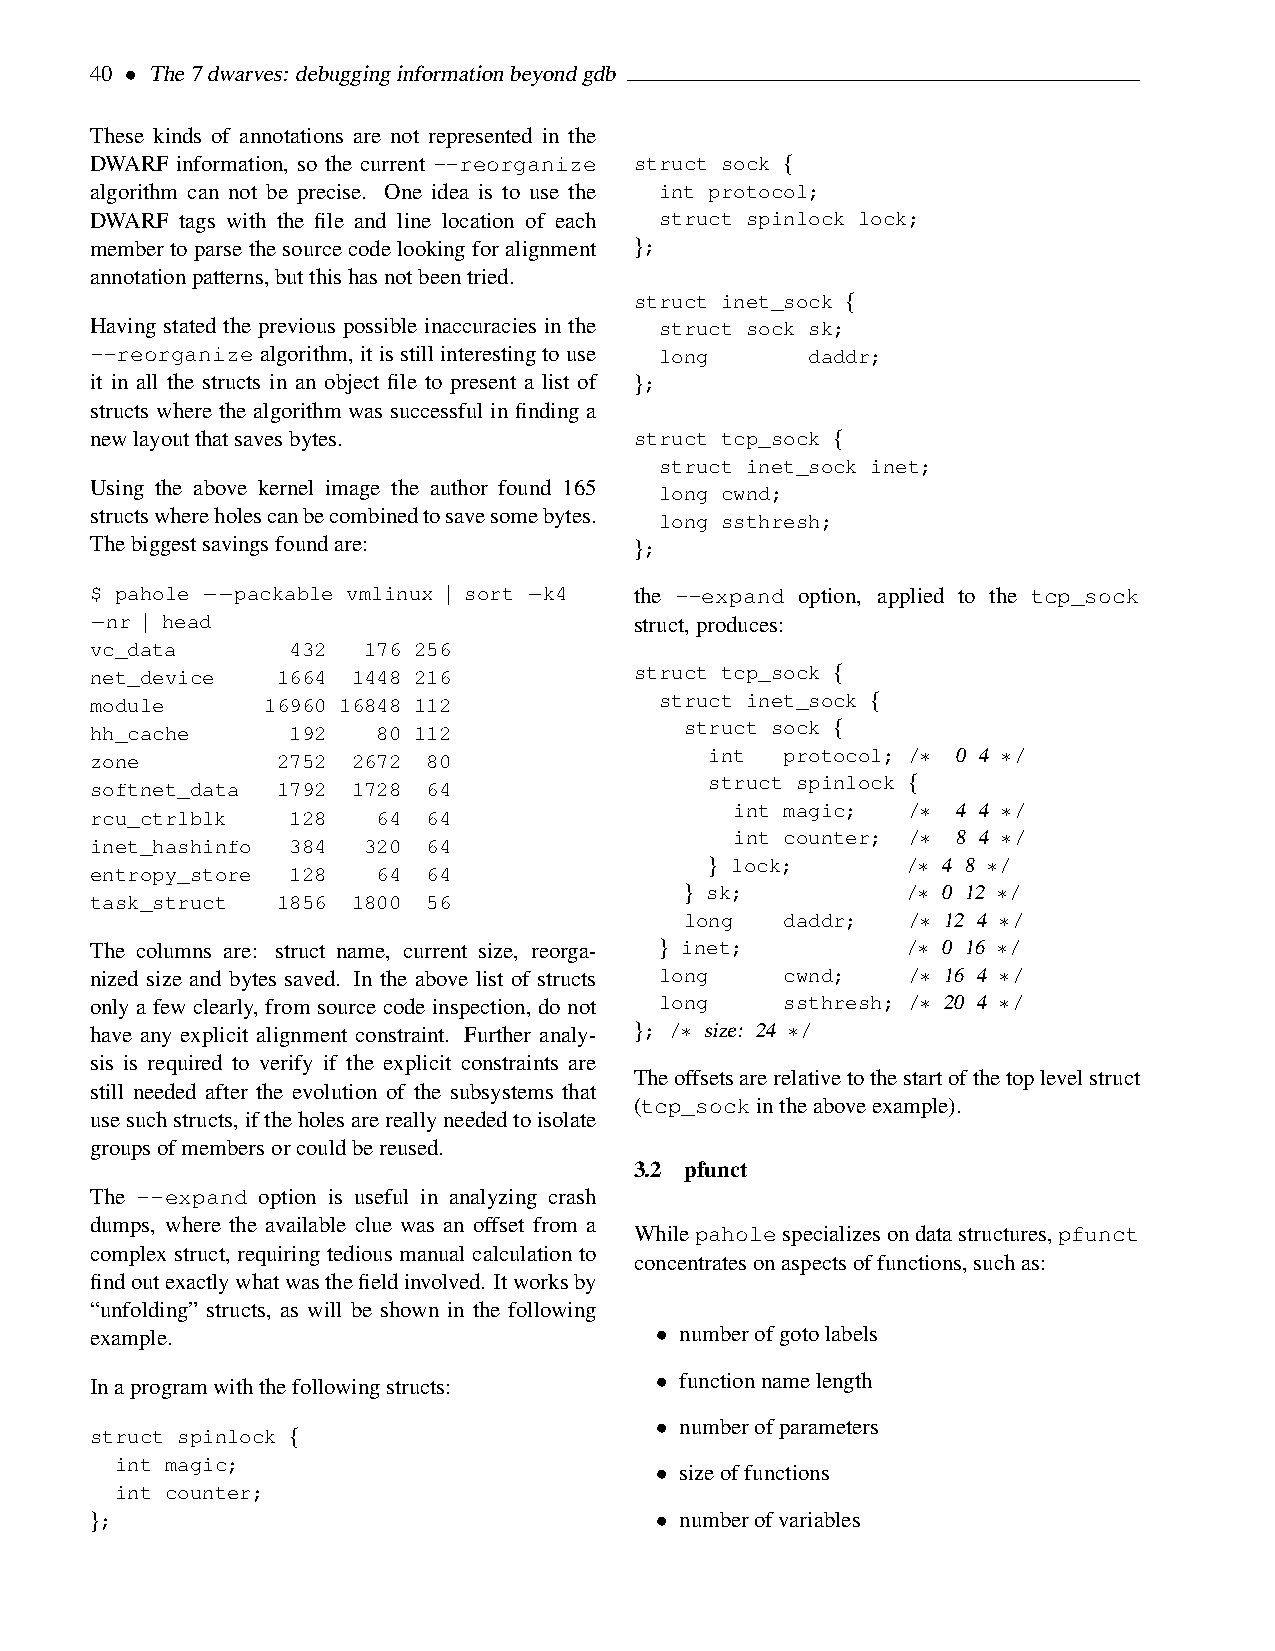
40 • The7dwarves: debugginginformationbeyondgdb
 These kinds of annotations are not represented in the
 DWARF information, so the current --reorganize struct sock {
 algorithm can not be precise. One idea is to use the int protocol;
 DWARF tags with the file and line location of each struct spinlock lock;
 membertoparsethesourcecodelookingforalignment };
 annotationpatterns,butthishasnotbeentried.
 struct inet_sock {
 Having stated the previous possible inaccuracies in the struct sock sk;
 --reorganizealgorithm,itisstillinterestingtouse long daddr;
 it in all the structs in an object file to present a list of };
 structs where the algorithm was successful in finding a
 newlayoutthatsavesbytes.            struct tcp_sock {
 struct inet_sock inet;
 Using the above kernel image the author found 165 long cwnd;
 structswhereholescanbecombinedtosavesomebytes. long ssthresh;
 Thebiggestsavingsfoundare:          };
 $ pahole −−packable vmlinux | sort −k4 the --expand option, applied to the tcp_sock
 −nr | head                          struct,produces:
 vc_data      432  176 256
 net_device  1664 1448 216           struct tcp_sock {
 module      16960 16848 112           struct inet_sock {
 hh_cache     192   80 112              struct sock {
 zone        2752 2672 80                 int  protocol; /∗ 0 4 ∗/
 struct spinlock {
 softnet_data 1792 1728 64
 int magic; /∗ 4 4 ∗/
 rcu_ctrlblk  128   64 64
 int counter; /∗ 8 4 ∗/
 inet_hashinfo 384 320 64
 } lock;      /∗ 4 8 ∗/
 entropy_store 128  64 64
 } sk;          /∗ 0 12 ∗/
 task_struct 1856 1800 56
 long   daddr;  /∗ 12 4 ∗/
 The columns are: struct name, current size, reorga- } inet; /∗ 0 16 ∗/
 nized size and bytes saved. In the above list of structs long cwnd; /∗ 16 4 ∗/
 only a few clearly, from source code inspection, do not long ssthresh; /∗ 20 4 ∗/
 have any explicit alignment constraint. Further analy- }; /∗ size: 24 ∗/
 sis is required to verify if the explicit constraints are
 Theoffsetsarerelativetothestartofthetoplevelstruct
 still needed after the evolution of the subsystems that
 (tcp_sockintheaboveexample).
 usesuchstructs,iftheholesarereallyneededtoisolate
 groupsofmembersorcouldbereused.
 3.2 pfunct
 The --expand option is useful in analyzing crash
 dumps, where the available clue was an offset from a
 Whilepaholespecializesondatastructures,pfunct
 complex struct, requiring tedious manual calculation to
 concentratesonaspectsoffunctions,suchas:
 findoutexactlywhatwasthefieldinvolved. Itworksby
 “unfolding” structs, as will be shown in the following
 example.                             • numberofgotolabels
 • functionnamelength
 Inaprogramwiththefollowingstructs:
 • numberofparameters
 struct spinlock {
 int magic;
 • sizeoffunctions
 int counter;
 };                                   • numberofvariables